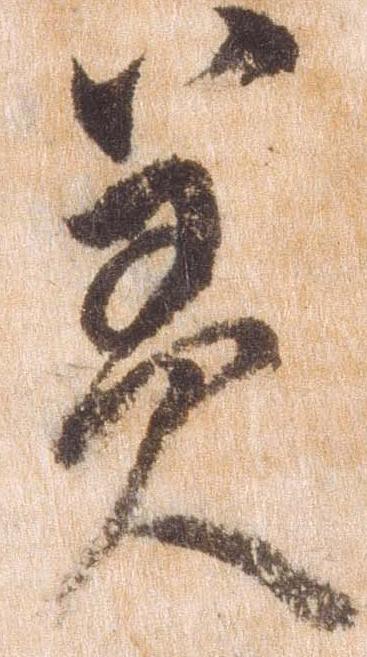
美